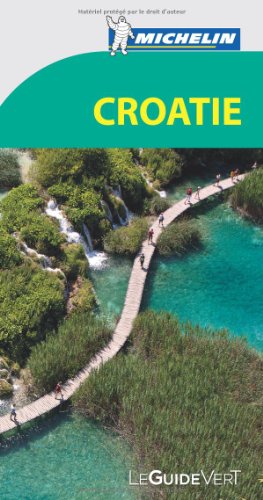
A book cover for Guide vert Croatie [green guide Croatia] (French Edition); Michelin; Travel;